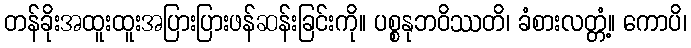
တန်ခိုးအထူးထူးအပြားပြားဖန်ဆန်းခြင်းကို။ ပစ္စနုဘဝိဿတိ၊ ခံစားလတ္တံ့။ ကောပိ၊